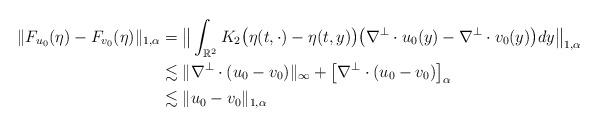
LaTeX: \begin{align*} \| F_{u_0}(\eta) - F_{v_0}(\eta) \|_{1,\alpha} &= \big\| \int_{\mathbb{R}^2} K_2\big( \eta(t, \cdot) - \eta(t,y) \big) \big( \nabla^\perp\cdot u_0(y) - \nabla^\perp\cdot v_0(y) \big) dy \big\|_{1,\alpha} \\ &\lesssim \| \nabla^\perp\cdot (u_0 - v_0) \|_\infty + \big[ \nabla^\perp\cdot (u_0 - v_0) \big]_\alpha \\ &\lesssim \| u_0 - v_0 \|_{1,\alpha} \end{align*}